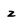
Character: z